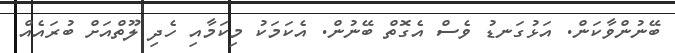
ބޭނުންވާކަން. އަޅުގަނޑު ވެސް އެގޮތް ބޭނުން. އެކަމަކު މިކަމާއި ހެދި ލޫތްއަށް ބުރައެއް